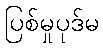
ပြစ်မှုပုဒ်မ